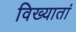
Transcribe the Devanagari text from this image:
विख्यातां